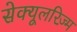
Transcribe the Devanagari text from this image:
सेक्यूलरिज़्म